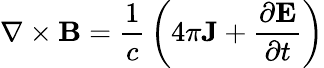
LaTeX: \nabla\times\mathbf{B}={\frac{1}{c}}\left(4\pi\mathbf{J}+{\frac{\partial\mathbf{E}}{\partial t}}\right)